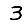
Digit: 3